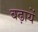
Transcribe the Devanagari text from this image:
बढ़ायें